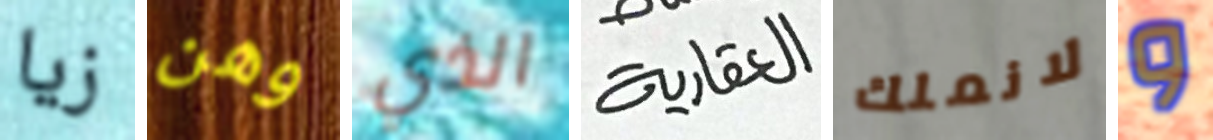
زيا وهن الذي العقارية لانملك و